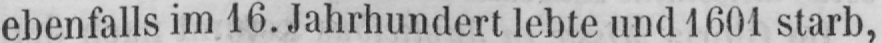
ebenfalls im 16. Jahrhundert lebte und 1661 starb,